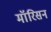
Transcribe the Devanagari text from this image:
मॉरिसन